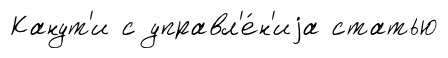
Канут'и с управл'е́н'иjа статью